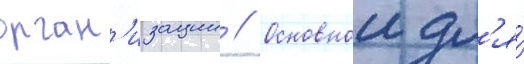
орган'изации // Основнои дл'я́